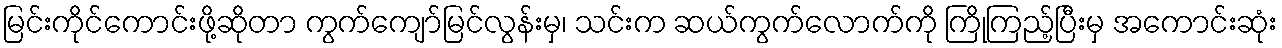
မြင်းကိုင်ကောင်းဖို့ဆိုတာ ကွက်ကျော်မြင်လွန်းမှ၊ သင်းက ဆယ်ကွက်လောက်ကို ကြိုကြည့်ပြီးမှ အကောင်းဆုံး